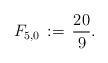
LaTeX: \begin{align*}F_{5,0}\,:=\,\frac{20}{9}.\end{align*}